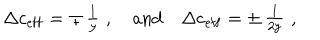
LaTeX: \Delta c _ { \mathrm { { e f f } } } = \mp \begin{array} { c } { { \frac { 1 } { y } } } \\ \end{array} \, , \quad \mathrm { a n d } \quad \Delta c _ { \mathrm { { e f f } } } = \pm \begin{array} { c } { { \frac { 1 } { 2 y } } } \\ \end{array} \, ,